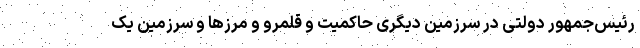
رئیس‌جمهور دولتی در سرزمین دیگری حاکمیت و قلمرو و مرزها و سرزمین یک